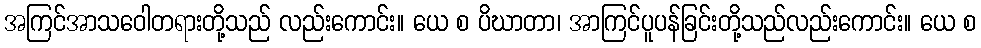
အကြင်အာသဝေါတရားတို့သည် လည်းကောင်း။ ယေ စ ပိဃာတာ၊ အာကြင်ပူပန်ခြင်းတို့သည်လည်းကောင်း။ ယေ စ